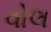
વોલ